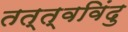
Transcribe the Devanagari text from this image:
तत्त्वविंदु